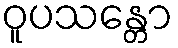
ဝူပသန္တော